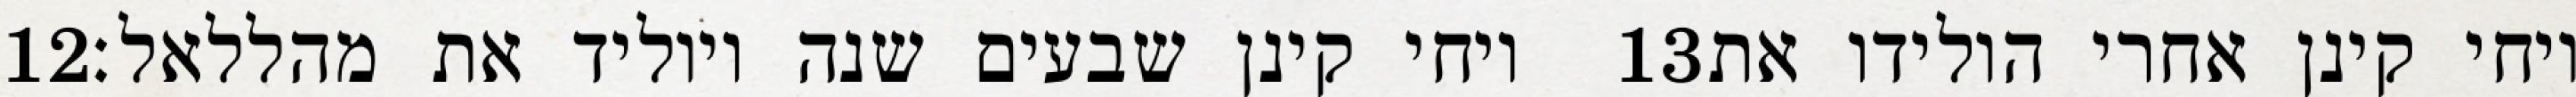
‎12‏ ויחי קינן שבעים שנה ויוליד את מהללאל׃ ‎13‏ ויחי קינן אחרי הולידו את